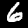
Digit: 6